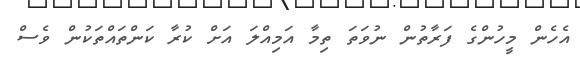
އެހެން މީހުންގެ ފަރާތުން ނުވަތަ ތިމާ އަމިއްލަ އަށް ކުރާ ކަންތައްތަކުން ވެސް